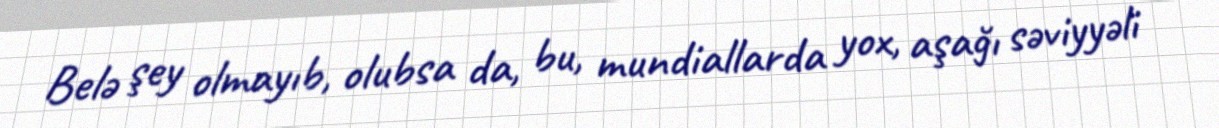
Belə şey olmayıb, olubsa da, bu, mundiallarda yox, aşağı səviyyəli